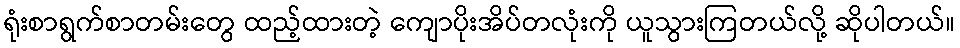
ရုံးစာရွက်စာတမ်းတွေ ထည့်ထားတဲ့ ကျောပိုးအိပ်တလုံးကို ယူသွားကြတယ်လို့ ဆိုပါတယ်။